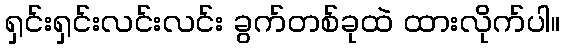
ရှင်းရှင်းလင်းလင်း ခွက်တစ်ခုထဲ ထားလိုက်ပါ။